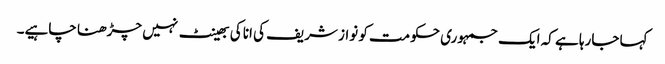
کہا جارہا ہے کہ ایک جمہوری حکومت کو نواز شریف کی انا کی بھینٹ نہیں چڑھنا چاہیے۔